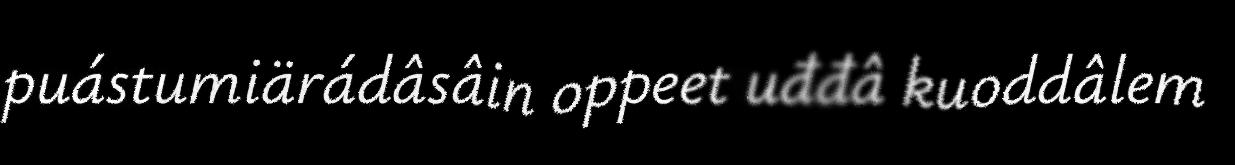
puástumiärádâsâin oppeet uđđâ kuoddâlem